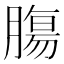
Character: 膓